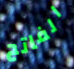
الفاتح